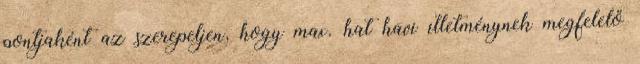
pontjaként az szerepeljen, hogy max. hat havi illetménynek megfelelő